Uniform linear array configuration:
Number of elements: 12
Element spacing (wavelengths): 0.75
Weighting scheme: hamming
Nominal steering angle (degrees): -60
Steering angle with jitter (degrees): -59.072
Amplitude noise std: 0.05
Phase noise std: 0.05

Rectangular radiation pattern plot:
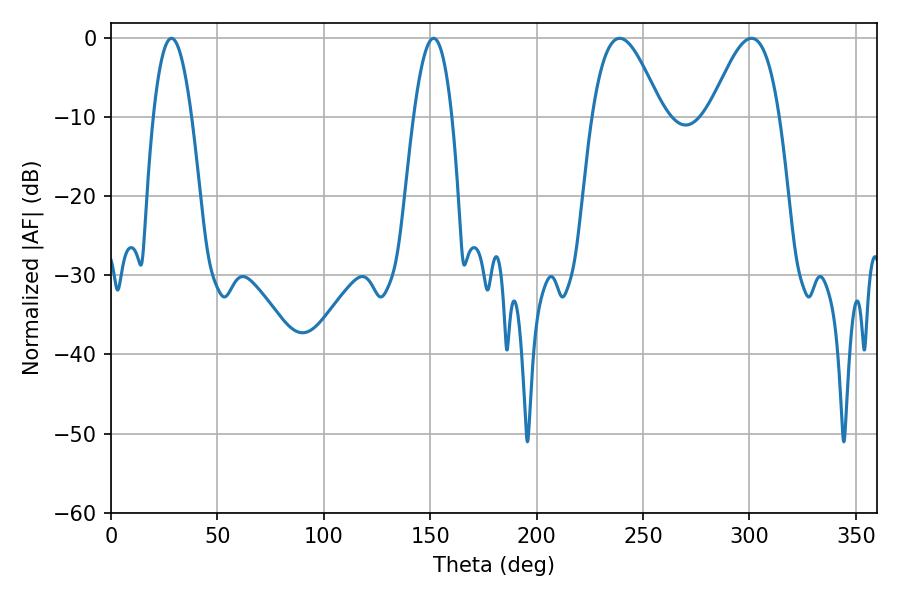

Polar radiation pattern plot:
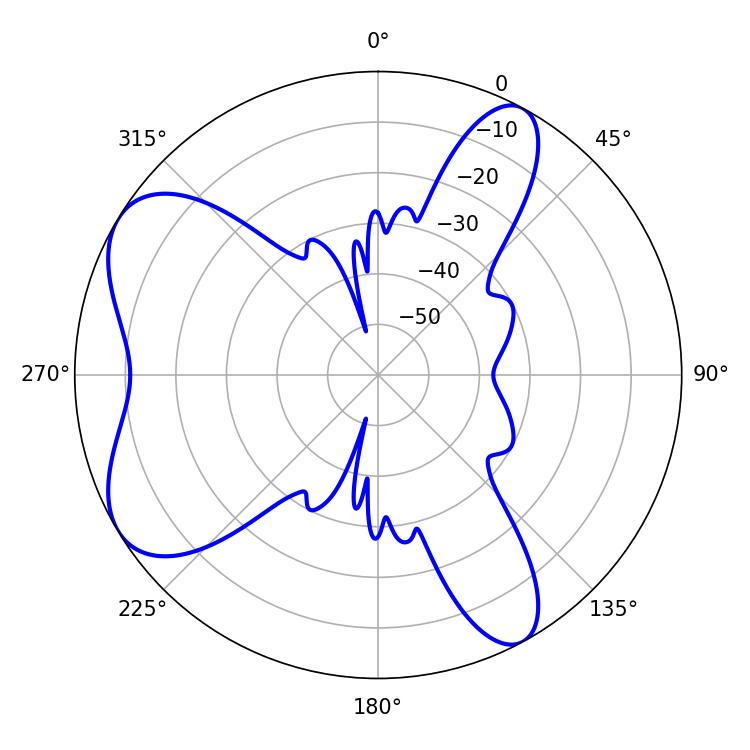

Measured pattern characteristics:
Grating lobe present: TRUE
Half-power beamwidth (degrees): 17.82
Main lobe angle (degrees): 239.04